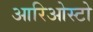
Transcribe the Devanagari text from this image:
आरिओस्टो